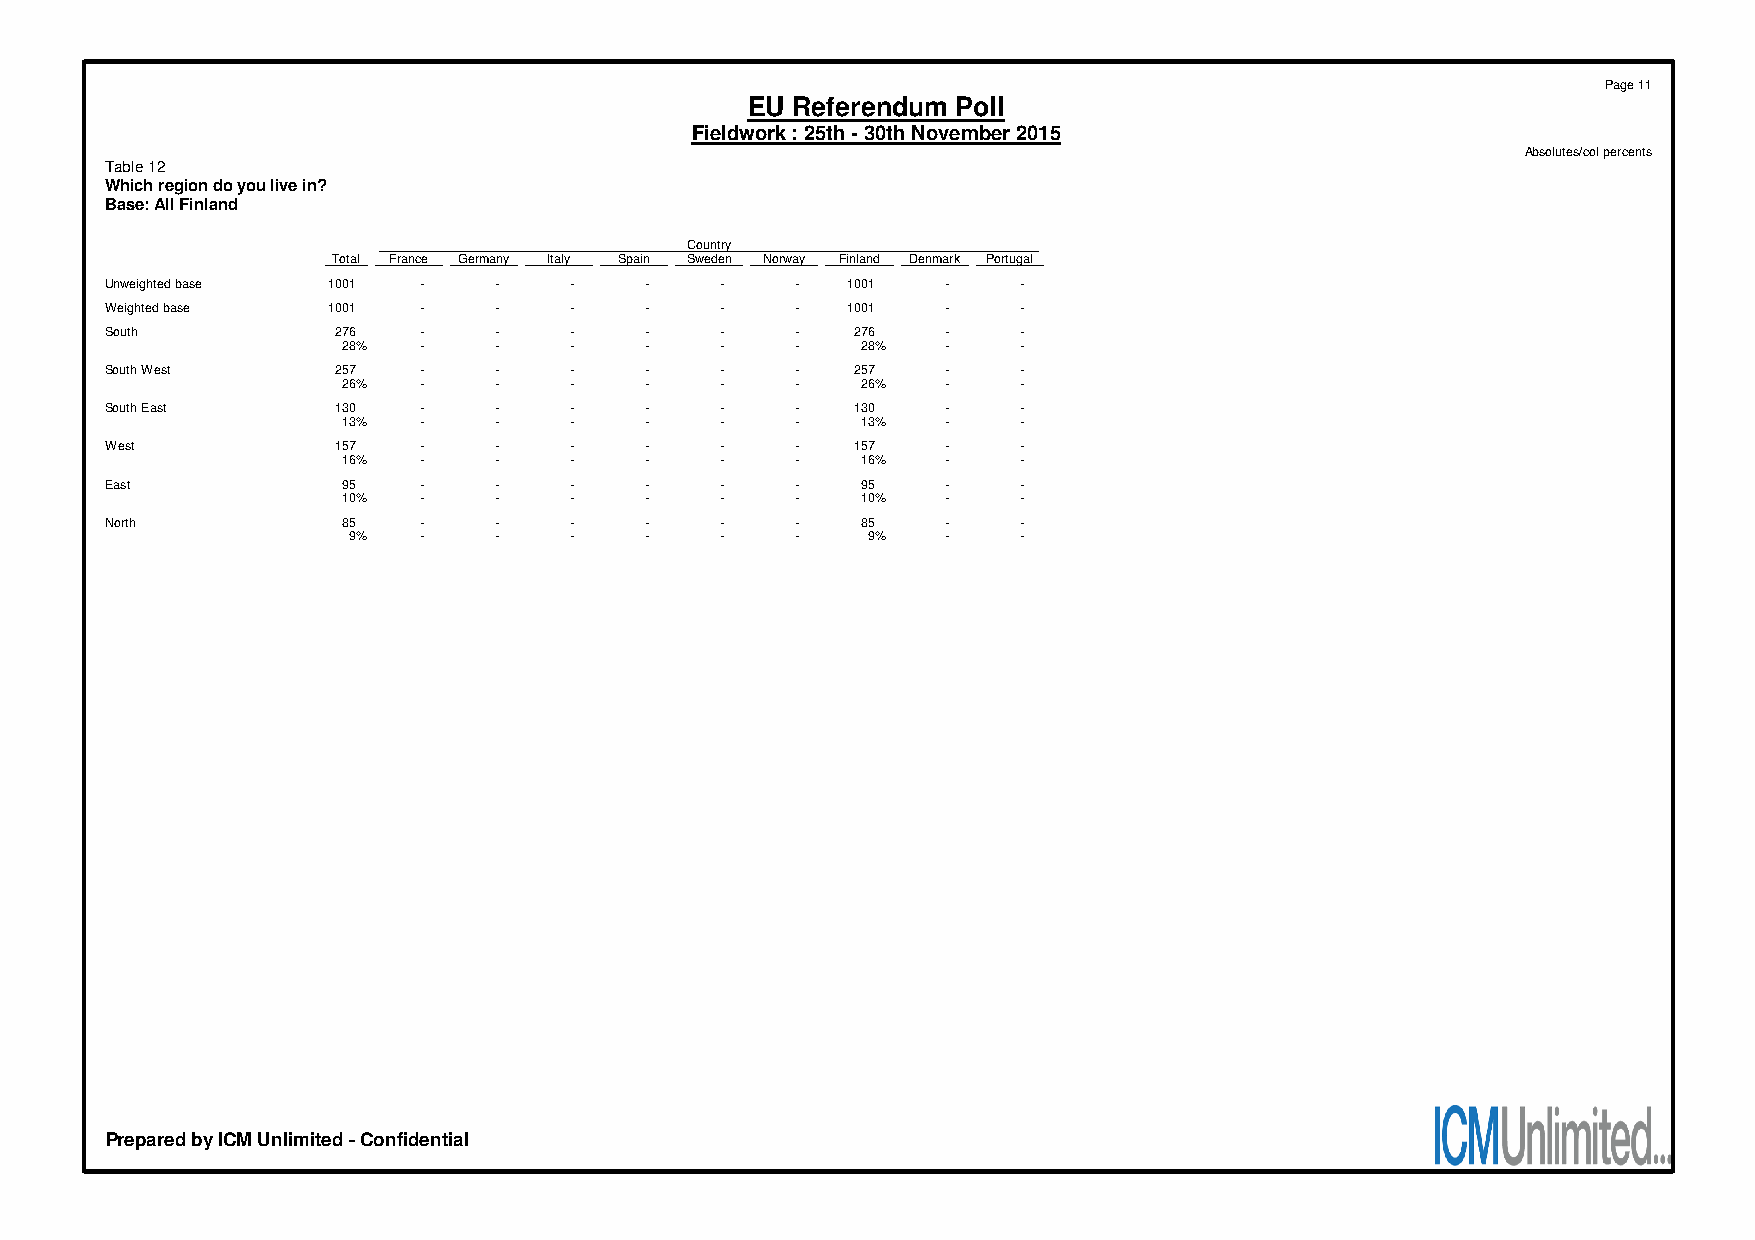
Page 11
 EU Referendum Poll
 Fieldwork : 25th - 30th November 2015
 Absolutes/col percents
 Table 12
 Which region do you live in?
 Base: All Finland
 Country
 Total France Germany Italy Spain Sweden Norway Finland Denmark Portugal
 Unweighted base 1001 -    -    -    -    -    -  1001   -    -
 Weighted base  1001  -    -    -    -    -    -  1001   -    -
 South          276   -    -    -    -    -    -  276    -    -
 28%  -    -    -    -    -    -   28%   -    -
 South West     257   -    -    -    -    -    -  257    -    -
 26%  -    -    -    -    -    -   26%   -    -
 South East     130   -    -    -    -    -    -  130    -    -
 13%  -    -    -    -    -    -   13%   -    -
 West           157   -    -    -    -    -    -  157    -    -
 16%  -    -    -    -    -    -   16%   -    -
 East            95   -    -    -    -    -    -   95    -    -
 10%  -    -    -    -    -    -   10%   -    -
 North           85   -    -    -    -    -    -   85    -    -
 9%   -    -    -    -    -    -   9%    -    -
 Prepared by ICM Unlimited - Confidential